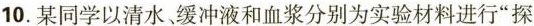
10.某同学以清水、缓冲液和血浆分别为实验材料进行”探